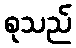
စုသည်